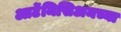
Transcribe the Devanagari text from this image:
आर्टेमिसिअमच्या